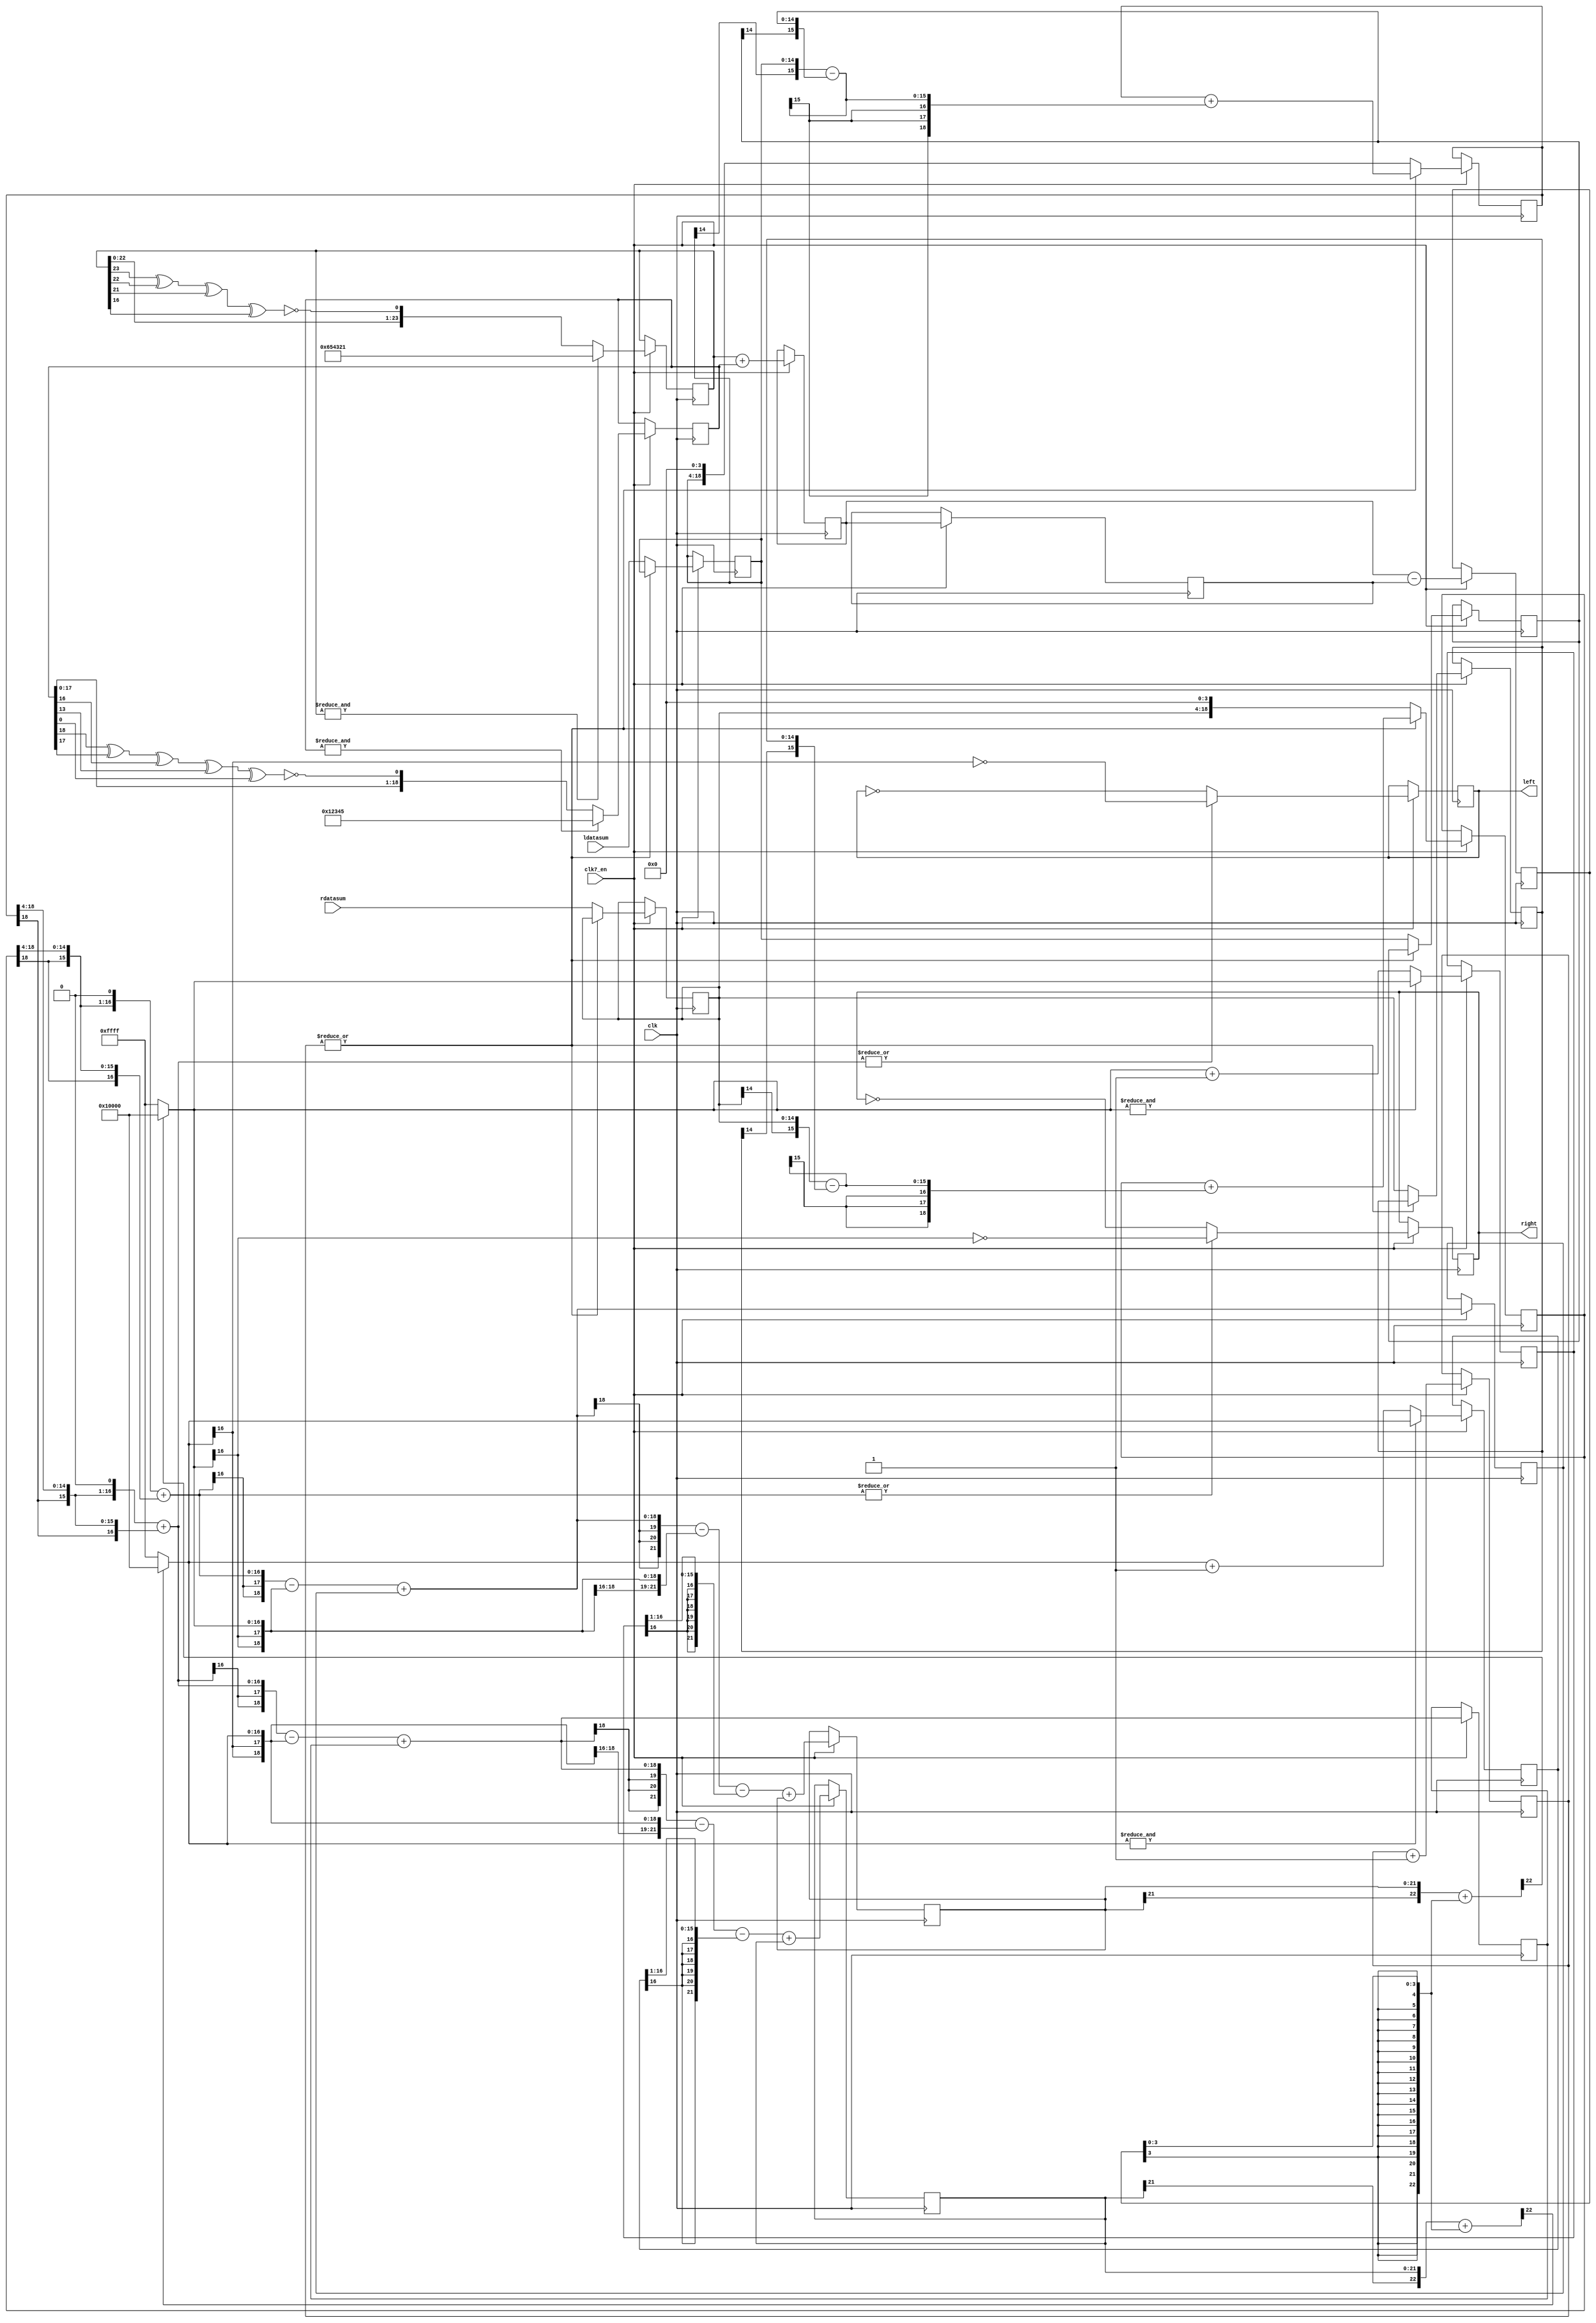
// audio data processing
// stereo sigma/delta bitstream modulator

module paula_audio_sigmadelta
(
  input   clk,        //bus clock
  input   clk7_en,
  input  [14:0] ldatasum,      // left channel data
  input  [14:0] rdatasum,      // right channel data
  output  reg left=0,        //left bitstream output
  output  reg right=0        //right bitsteam output
);


// local signals
localparam DW = 15;
localparam CW = 2;
localparam RW  = 4;
localparam A1W = 2;
localparam A2W = 5;

wire [DW+2+0  -1:0] sd_l_er0, sd_r_er0;
reg  [DW+2+0  -1:0] sd_l_er0_prev=0, sd_r_er0_prev=0;
wire [DW+A1W+2-1:0] sd_l_aca1,  sd_r_aca1;
wire [DW+A2W+2-1:0] sd_l_aca2,  sd_r_aca2;
reg  [DW+A1W+2-1:0] sd_l_ac1=0, sd_r_ac1=0;
reg  [DW+A2W+2-1:0] sd_l_ac2=0, sd_r_ac2=0;
wire [DW+A2W+3-1:0] sd_l_quant, sd_r_quant;

// LPF noise LFSR
reg [24-1:0] seed1 = 24'h654321;
reg [19-1:0] seed2 = 19'h12345;
reg [24-1:0] seed_sum=0, seed_prev=0, seed_out=0;
always @ (posedge clk) begin
  if (clk7_en) begin
    if (&seed1)
      seed1 <= #1 24'h654321;
    else
      seed1 <= #1 {seed1[22:0], ~(seed1[23] ^ seed1[22] ^ seed1[21] ^ seed1[16])};
  end
end
always @ (posedge clk) begin
  if (clk7_en) begin
    if (&seed2)
      seed2 <= #1 19'h12345;
    else
      seed2 <= #1 {seed2[17:0], ~(seed2[18] ^ seed2[17] ^ seed2[16] ^ seed2[13] ^ seed2[0])};
  end
end
always @ (posedge clk) begin
  if (clk7_en) begin
    seed_sum  <= #1 seed1 + {5'b0, seed2};
    seed_prev <= #1 seed_sum;
    seed_out  <= #1 seed_sum - seed_prev;
  end
end

// linear interpolate
localparam ID=4; // counter size, also 2^ID = interpolation rate
reg  [ID+0-1:0] int_cnt = 0;
always @ (posedge clk) begin
  if (clk7_en) begin
    int_cnt <= #1 int_cnt + 'd1;
  end
end

reg  [DW+0-1:0] ldata_cur=0, ldata_prev=0;
reg  [DW+0-1:0] rdata_cur=0, rdata_prev=0;
wire [DW+1-1:0] ldata_step, rdata_step;
reg  [DW+ID-1:0] ldata_int=0, rdata_int=0;
wire [DW+0-1:0] ldata_int_out, rdata_int_out;
assign ldata_step = {ldata_cur[DW-1], ldata_cur} - {ldata_prev[DW-1], ldata_prev}; // signed subtract
assign rdata_step = {rdata_cur[DW-1], rdata_cur} - {rdata_prev[DW-1], rdata_prev}; // signed subtract
always @ (posedge clk) begin
  if (clk7_en) begin
    if (~|int_cnt) begin
      ldata_prev <= #1 ldata_cur;
      ldata_cur  <= #1 ldatasum; //{~ldatasum[DW-1], ldatasum[DW-2:0]}; // convert to offset binary, samples no longer signed!
      rdata_prev <= #1 rdata_cur;
      rdata_cur  <= #1 rdatasum; //{~rdatasum[DW-1], rdatasum[DW-2:0]}; // convert to offset binary, samples no longer signed!
      ldata_int  <= #1 {ldata_cur[DW-1], ldata_cur, {ID{1'b0}}};
      rdata_int  <= #1 {rdata_cur[DW-1], rdata_cur, {ID{1'b0}}};
    end else begin
      ldata_int  <= #1 ldata_int + {{ID{ldata_step[DW+1-1]}}, ldata_step};
      rdata_int  <= #1 rdata_int + {{ID{rdata_step[DW+1-1]}}, rdata_step};
    end
  end
end
assign ldata_int_out = ldata_int[DW+ID-1:ID];
assign rdata_int_out = rdata_int[DW+ID-1:ID];

// input gain x3
wire [DW+2-1:0] ldata_gain, rdata_gain;
assign ldata_gain = {ldata_int_out[DW-1], ldata_int_out, 1'b0} + {{(2){ldata_int_out[DW-1]}}, ldata_int_out};
assign rdata_gain = {rdata_int_out[DW-1], rdata_int_out, 1'b0} + {{(2){rdata_int_out[DW-1]}}, rdata_int_out};

/*
// random dither to 15 bits
reg [DW-1:0] ldata=0, rdata=0;
always @ (posedge clk) begin
  if (clk7_en) begin
    ldata <= #1 ldata_gain[DW+2-1:2] + ( (~(&ldata_gain[DW+2-1-1:2]) && (ldata_gain[1:0] > seed_out[1:0])) ? 15'd1 : 15'd0 );
    rdata <= #1 rdata_gain[DW+2-1:2] + ( (~(&ldata_gain[DW+2-1-1:2]) && (ldata_gain[1:0] > seed_out[1:0])) ? 15'd1 : 15'd0 );
  end
end
*/

// accumulator adders
assign sd_l_aca1 = {{(A1W){ldata_gain[DW+2-1]}}, ldata_gain} - {{(A1W){sd_l_er0[DW+2-1]}}, sd_l_er0} + sd_l_ac1;
assign sd_r_aca1 = {{(A1W){rdata_gain[DW+2-1]}}, rdata_gain} - {{(A1W){sd_r_er0[DW+2-1]}}, sd_r_er0} + sd_r_ac1;

assign sd_l_aca2 = {{(A2W-A1W){sd_l_aca1[DW+A1W+2-1]}}, sd_l_aca1} - {{(A2W){sd_l_er0[DW+2-1]}}, sd_l_er0} - {{(A2W+1){sd_l_er0_prev[DW+2-1]}}, sd_l_er0_prev[DW+2-1:1]} + sd_l_ac2;
assign sd_r_aca2 = {{(A2W-A1W){sd_r_aca1[DW+A1W+2-1]}}, sd_r_aca1} - {{(A2W){sd_r_er0[DW+2-1]}}, sd_r_er0} - {{(A2W+1){sd_r_er0_prev[DW+2-1]}}, sd_r_er0_prev[DW+2-1:1]} + sd_r_ac2;

// accumulators
always @ (posedge clk) begin
  if (clk7_en) begin
    sd_l_ac1 <= #1 sd_l_aca1;
    sd_r_ac1 <= #1 sd_r_aca1;
    sd_l_ac2 <= #1 sd_l_aca2;
    sd_r_ac2 <= #1 sd_r_aca2;
  end
end

// value for quantizaton
assign sd_l_quant = {sd_l_ac2[DW+A2W+2-1], sd_l_ac2} + {{(DW+A2W+3-RW){seed_out[RW-1]}}, seed_out[RW-1:0]};
assign sd_r_quant = {sd_r_ac2[DW+A2W+2-1], sd_r_ac2} + {{(DW+A2W+3-RW){seed_out[RW-1]}}, seed_out[RW-1:0]};

// error feedback
assign sd_l_er0 = sd_l_quant[DW+A2W+3-1] ? {1'b1, {(DW+2-1){1'b0}}} : {1'b0, {(DW+2-1){1'b1}}};
assign sd_r_er0 = sd_r_quant[DW+A2W+3-1] ? {1'b1, {(DW+2-1){1'b0}}} : {1'b0, {(DW+2-1){1'b1}}};
always @ (posedge clk) begin
  if (clk7_en) begin
    sd_l_er0_prev <= #1 (&sd_l_er0) ? sd_l_er0 : sd_l_er0+1;
    sd_r_er0_prev <= #1 (&sd_r_er0) ? sd_r_er0 : sd_r_er0+1;
  end
end

// output
always @ (posedge clk) begin
  if (clk7_en) begin
    left  <= #1 (~|ldata_gain) ? ~left  : ~sd_l_er0[DW+2-1];
    right <= #1 (~|rdata_gain) ? ~right : ~sd_r_er0[DW+2-1];
  end
end


endmodule